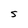
Character: S